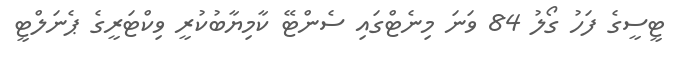
ޓީސީގެ ފަހު ގޯލު 84 ވަނަ މިނެޓްގައި ސެންޓޭ ކާމިޔާބުކުރީ ވިކްޓަރީގެ ޕެނަލްޓީ